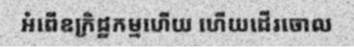
អំពើឧក្រិដ្ឋកម្មហើយ ហើយដើរចោល